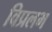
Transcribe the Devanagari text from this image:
विप्रलभ